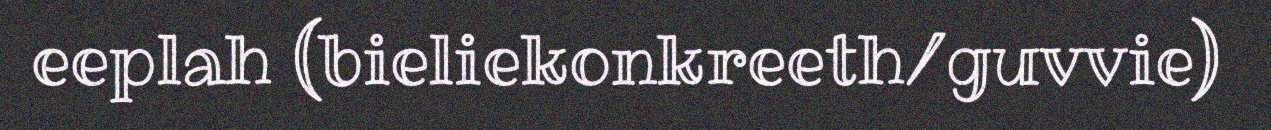
eeplah (bieliekonkreeth/guvvie)